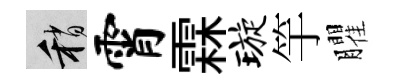
稍霄霖璇竽臞